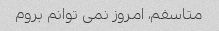
متاسفم، امروز نمی توانم بروم